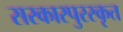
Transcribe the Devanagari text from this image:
सरकारपुरस्कृत